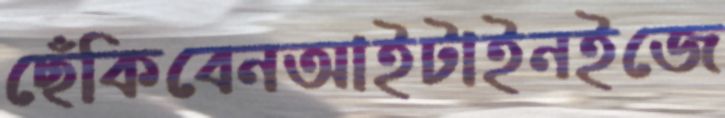
ছেঁকিবেনআইটাইনইজে